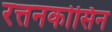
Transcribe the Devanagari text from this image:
रत्तनकोसिन